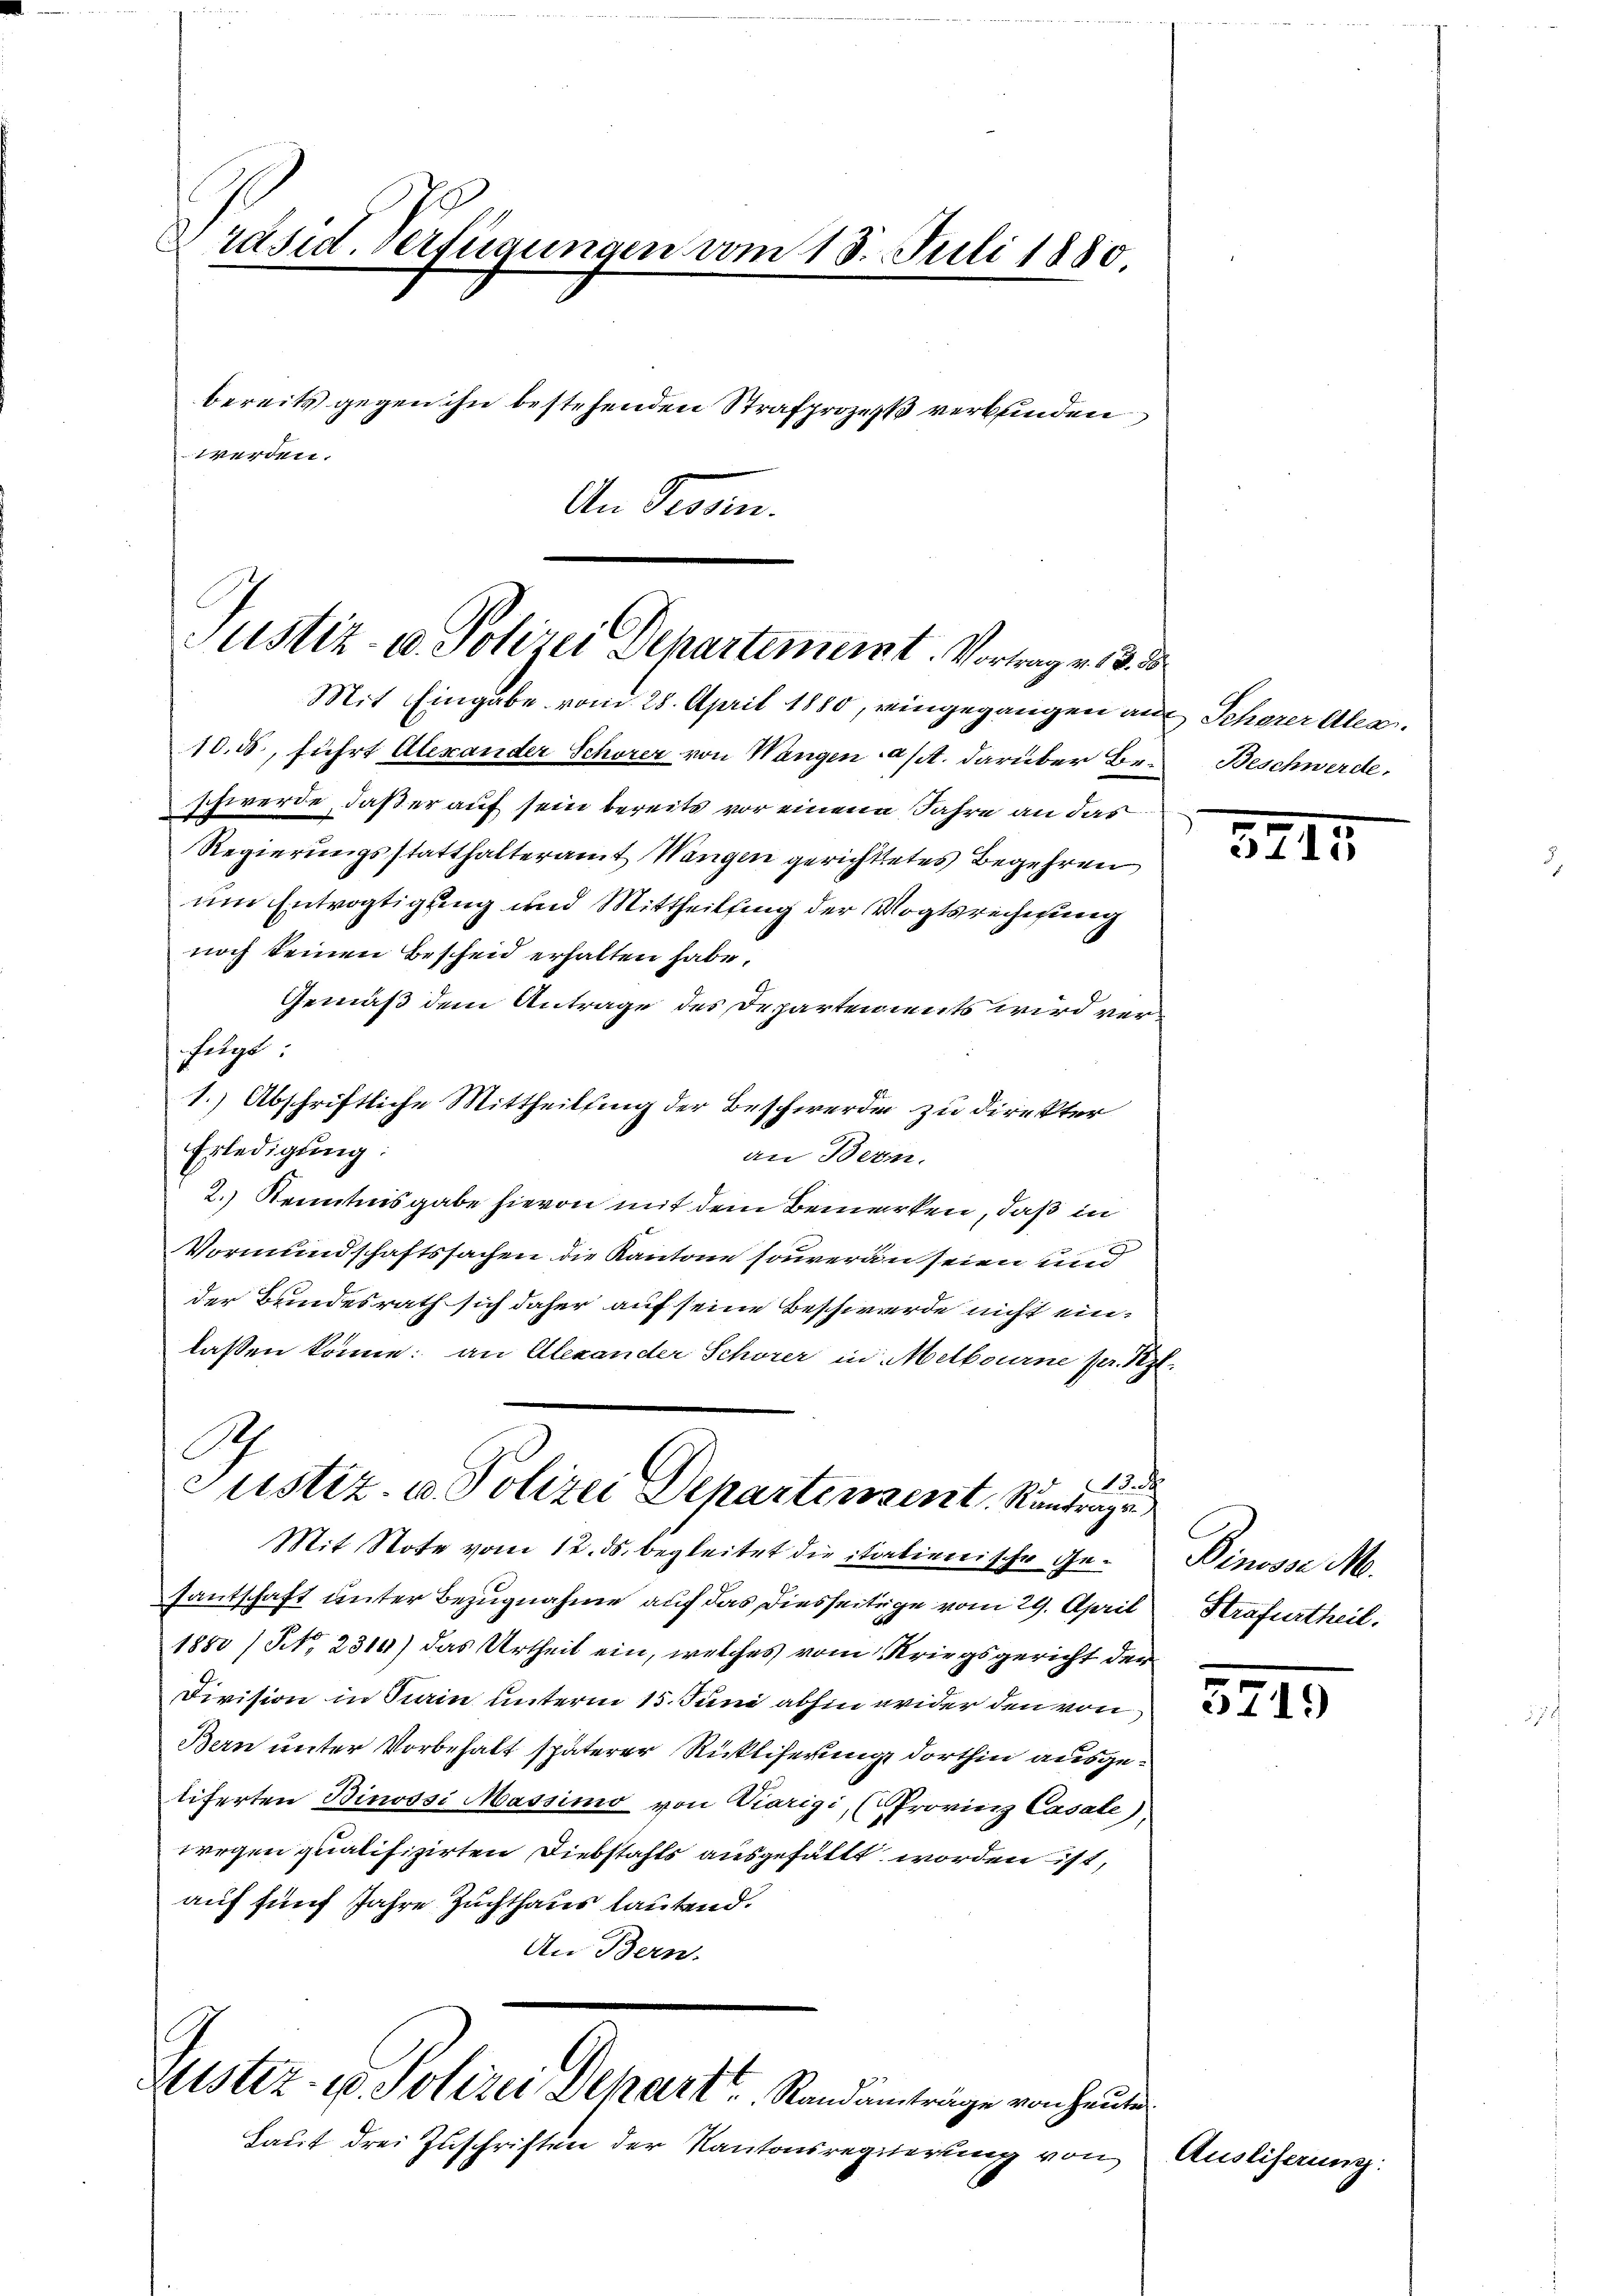
Präsid. Verfügungen vom 13. Juli 1880
bereits gegen ihn bestehenden Strafprozeß verbunden
werden.
An Pron.

Justiz- u. Polizei Departement. Vortrag v. 3. d

Mit Eingabe vom 28. April 1880, eingegangen auf Scherer Alea¬
10. ds., führt Alexander Schörer von Wangen a/A. darüber Beschwerde, daß er auf sein bereits vor einem Jahre an das
Regierungsstatthalteramt Wangen gerichtetes Begehren
um Entvogtigung und Mittheilung der Vogtsrechigung
noch keinen Bescheid erhalten habe.
Gemäß dem Antrage des Departements wird verfügt:
1.) Abschriftliche Mittheilung der Beschwerde zu direkter
Erledigung:
an Bern.
2.) Kenntnisgabe hievon mit dem Bemerken, daß in
Vormundschaftssachen die Kantone souveran seien und
der Bundesrath sich daher auf seine Beschwerde nicht ein-
lassen könne: an Alexander Schorer in Melbourne per. Sept.
S
.
Justiz- u. Polizei Departement. Kantrage
Mit Note vom 12. ds. begleitet die italienische Ge- Binosse M.
Gautschaft unter Bezugnahme auf das Diesseitige vom 29. April
1850 / NNo. 2310) das Urtheil ein, welches vom Kriegsgericht der
Division in Stain unterm 15. Juni abhin wider den von
Bern unter Vorbehalt späterer Rücklicherung dorthin ausgeliferten Binossi Massimo von Diarigi, (Provinz Casale)
wegen qualifizirten Diebstahls ausgefällt worden ist,
auf fünf Jahre Zuchthaus lautend.
An Bern.

Zustiz- u. Polizei Depart u. Randanträge von heute

Laut drei Zuschriften der Kantonsregierung von

Beschwerde.

3717.

Strafurtheil.

5719

Ausliferung: